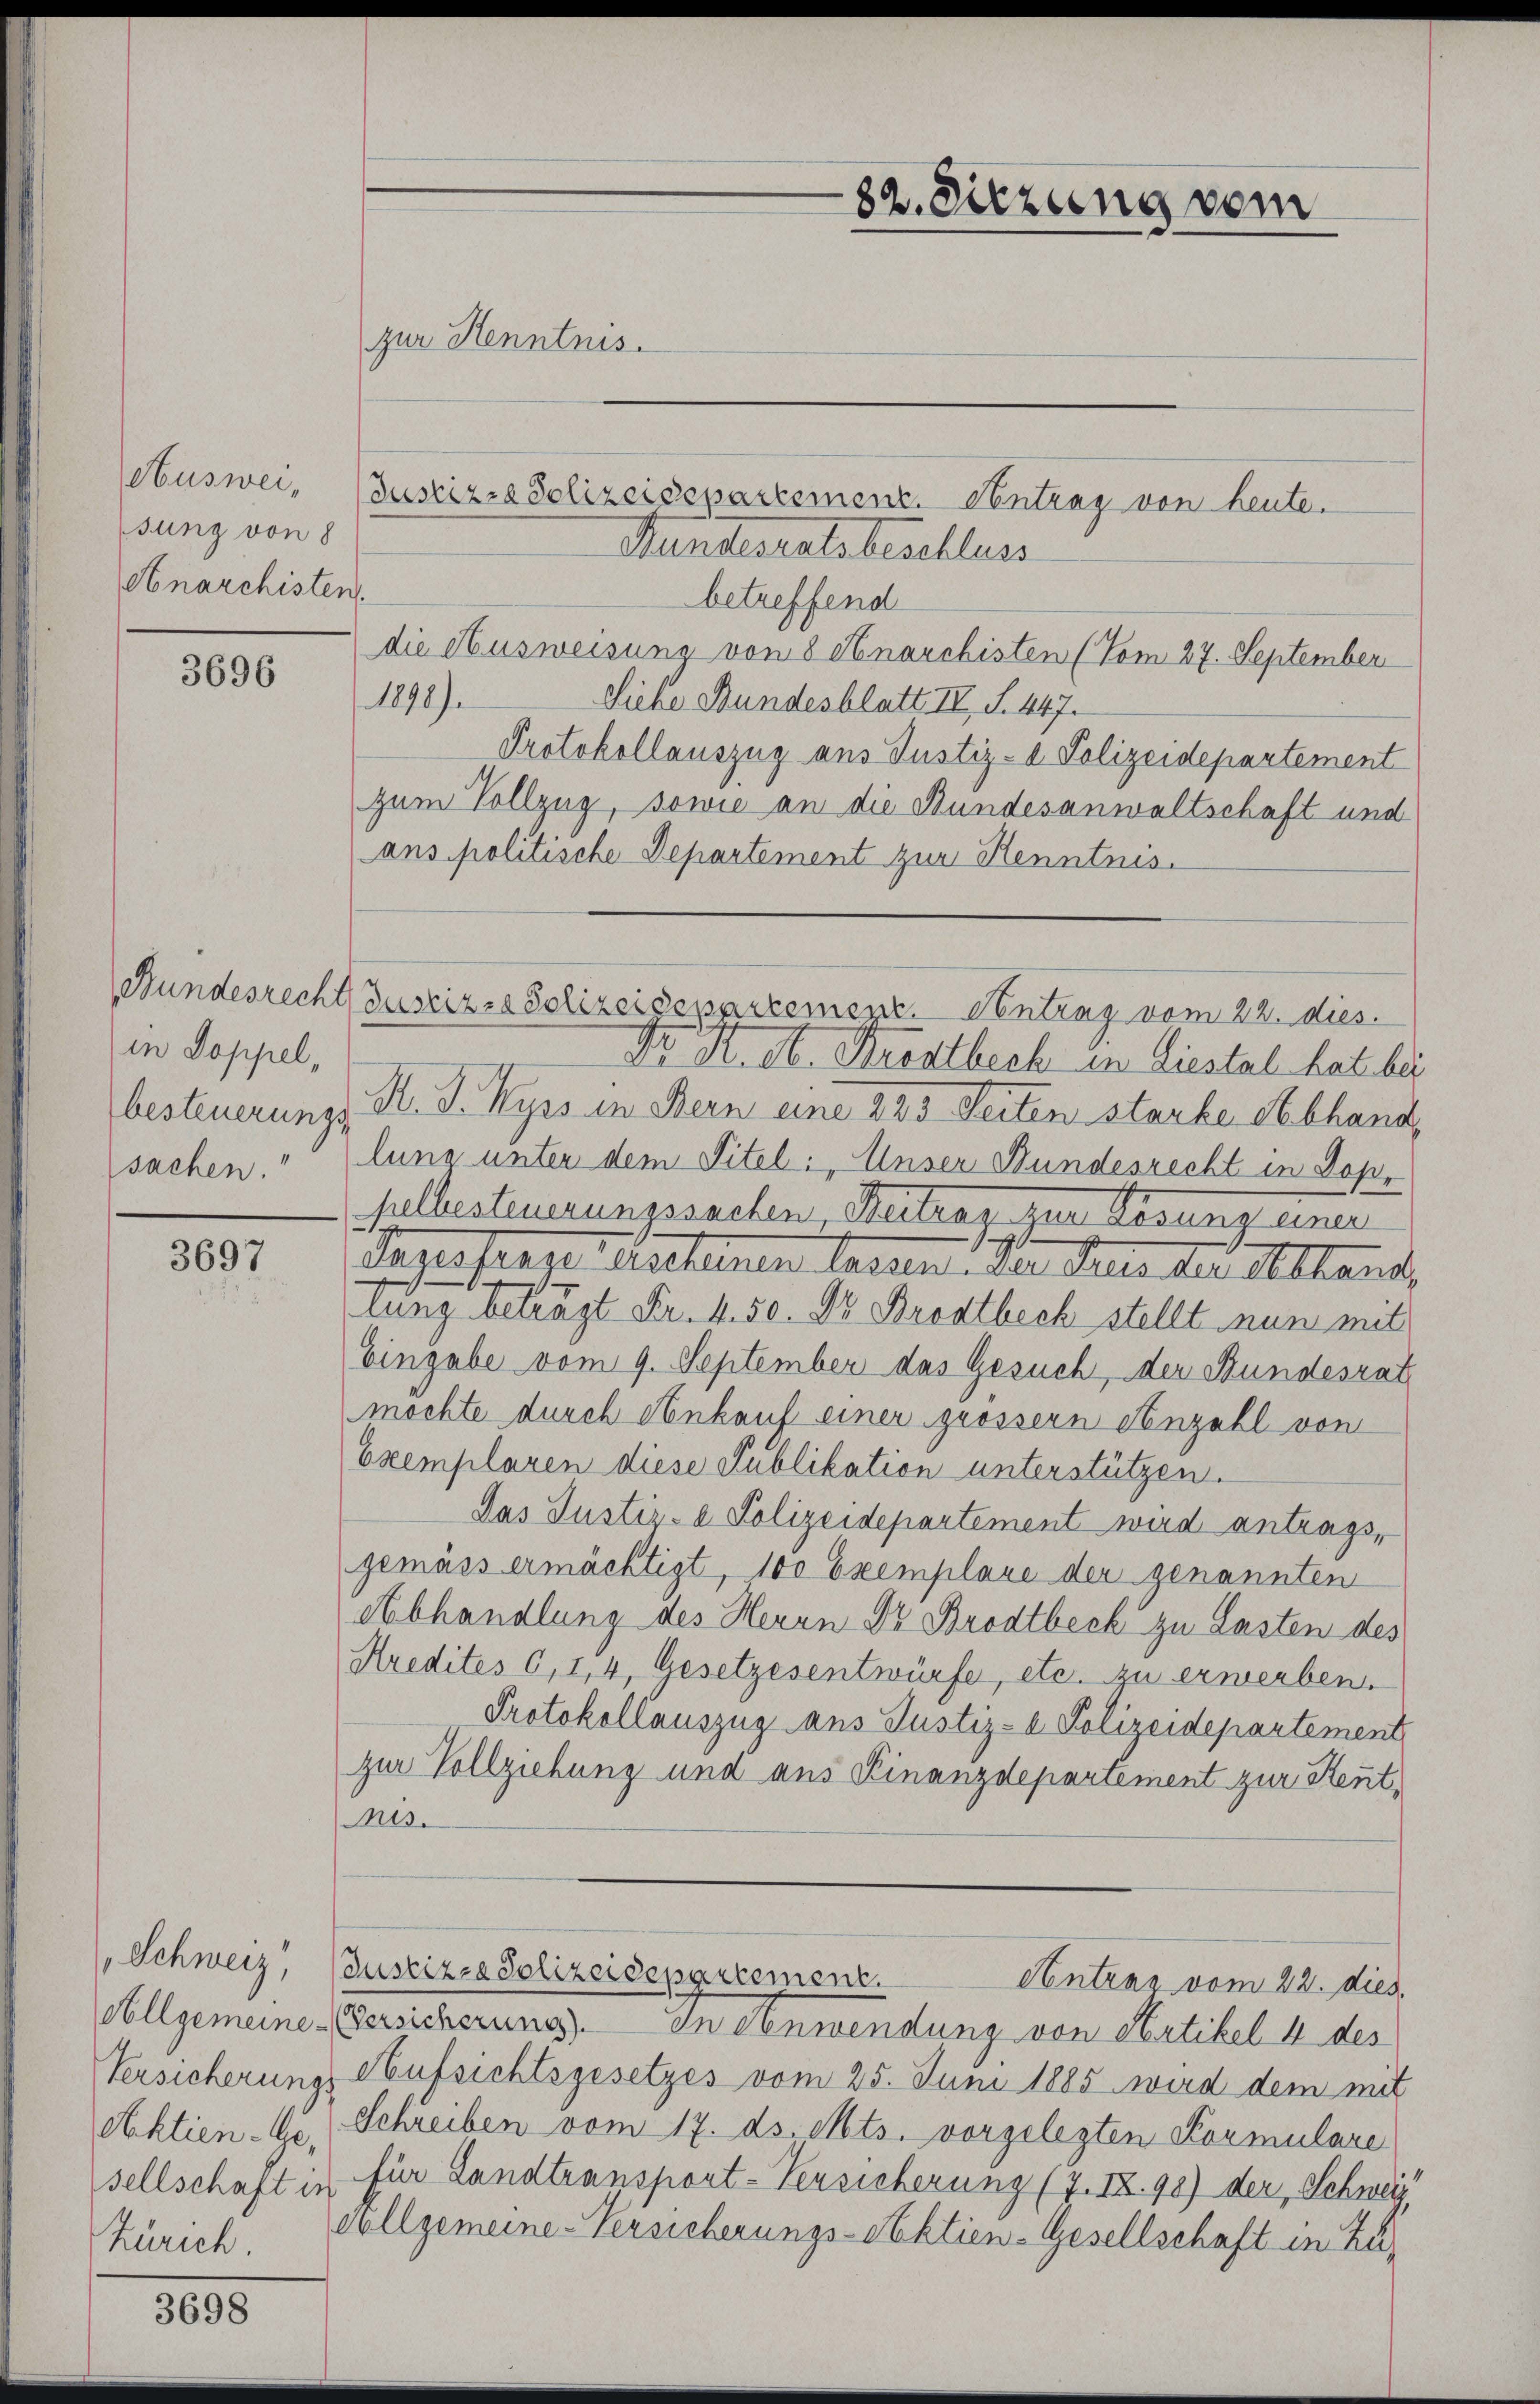
Ausweisung von 8
Anarchisten

3696

in Doppel,
sachen.“

3697

Schweiz
Zürich.

3698

zur Kenntnis.

82. Sitzung vom

Justizza Polizeisepartement. Antrag von heute.
Kundesrats beschluss
betreffend
die Ausweisung von 8 Anarchisten (Vom 27. September
1840.
Siehe Bundesblatt IV, S. 447.
Protokollauszug aus Justiz- & Polizeidepartement
zum Vollzug, sowie an die Bundesanwaltschaft und
ans politische Departement zur Kenntnis.
Dr. R. et. Brodtbech in Liestal hat bei
besteuerungs- N. F. Wyss in Bern eine 285 Seiten starbe Abhand,
luno unter dem Titel: „Unser Bundesrecht in Dophalbesteuerungsachen, Betrag zur Losung einer
Tagesfrage Ascheinen lassen. Der Kreis der Abhand
tung betragt Fr. 4. 50. Dr Brodtbeck stellt nun mit
Eingabe vom 9. September das Gesuch, der Bundesrat
mochte durch Ankauf einer grössern Anzahl von
Exemplaren diese Publikation unterstützen.
Das Justiz- & Polizeidepartement wird antrags,
gemäss ermächtigt, 100 Exemplare der genannten
Abhandlung des Herrn Dr. Brodtbeck zu Lasten des
Kredites 6, I, 4, Gesetzesentwürfe, etc. zu erwerben.
Protokollauszug aus Justiz- & Polizeidepartement
zur Vollziehung und aus Finanzdepartement zur Rent¬
Mts.
Justizza Polizeidepartement.
Antrag vom 22. dies
Allgemeine Versicherung) an Anwendung von Artikel 4 des
Versicherungs Aufsichtsgesetzes vom 25. Juni 1885 wird dem mit
Aktien-Ge. Schreiben vom 17. ds. Mts. vorgelegten Formulare
sellschaft in für Landtransport-Versicherung (7.IX.90) der Schweiz
cillgemeine Versicherungs-Aktien-Gesellschaft in Zu¬

Bundesrecht Zustiz- & Polizeisesartement entrag vom 22. dies